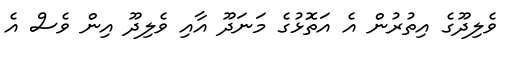
ވެލިދޫގެ އިތުރުން އެ އަތޮޅުގެ މަނަދޫ އާއި ވެލިދޫ އިން ވެސް އެ